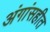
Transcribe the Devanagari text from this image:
अंगांसहीत